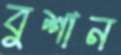
বুশান